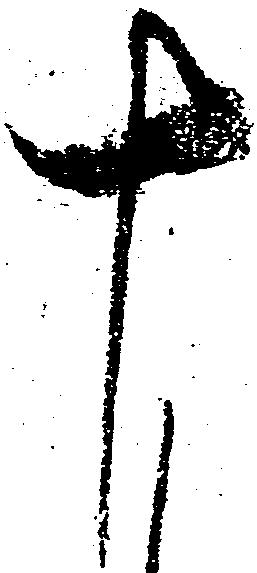
十